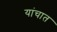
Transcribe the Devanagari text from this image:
यांचात